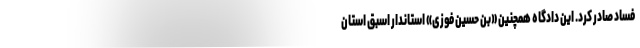
فساد صادر کرد. این دادگاه همچنین «بن حسین فوزی» استاندار اسبق استان